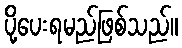
ပို့ပေးရမည်ဖြစ်သည်။